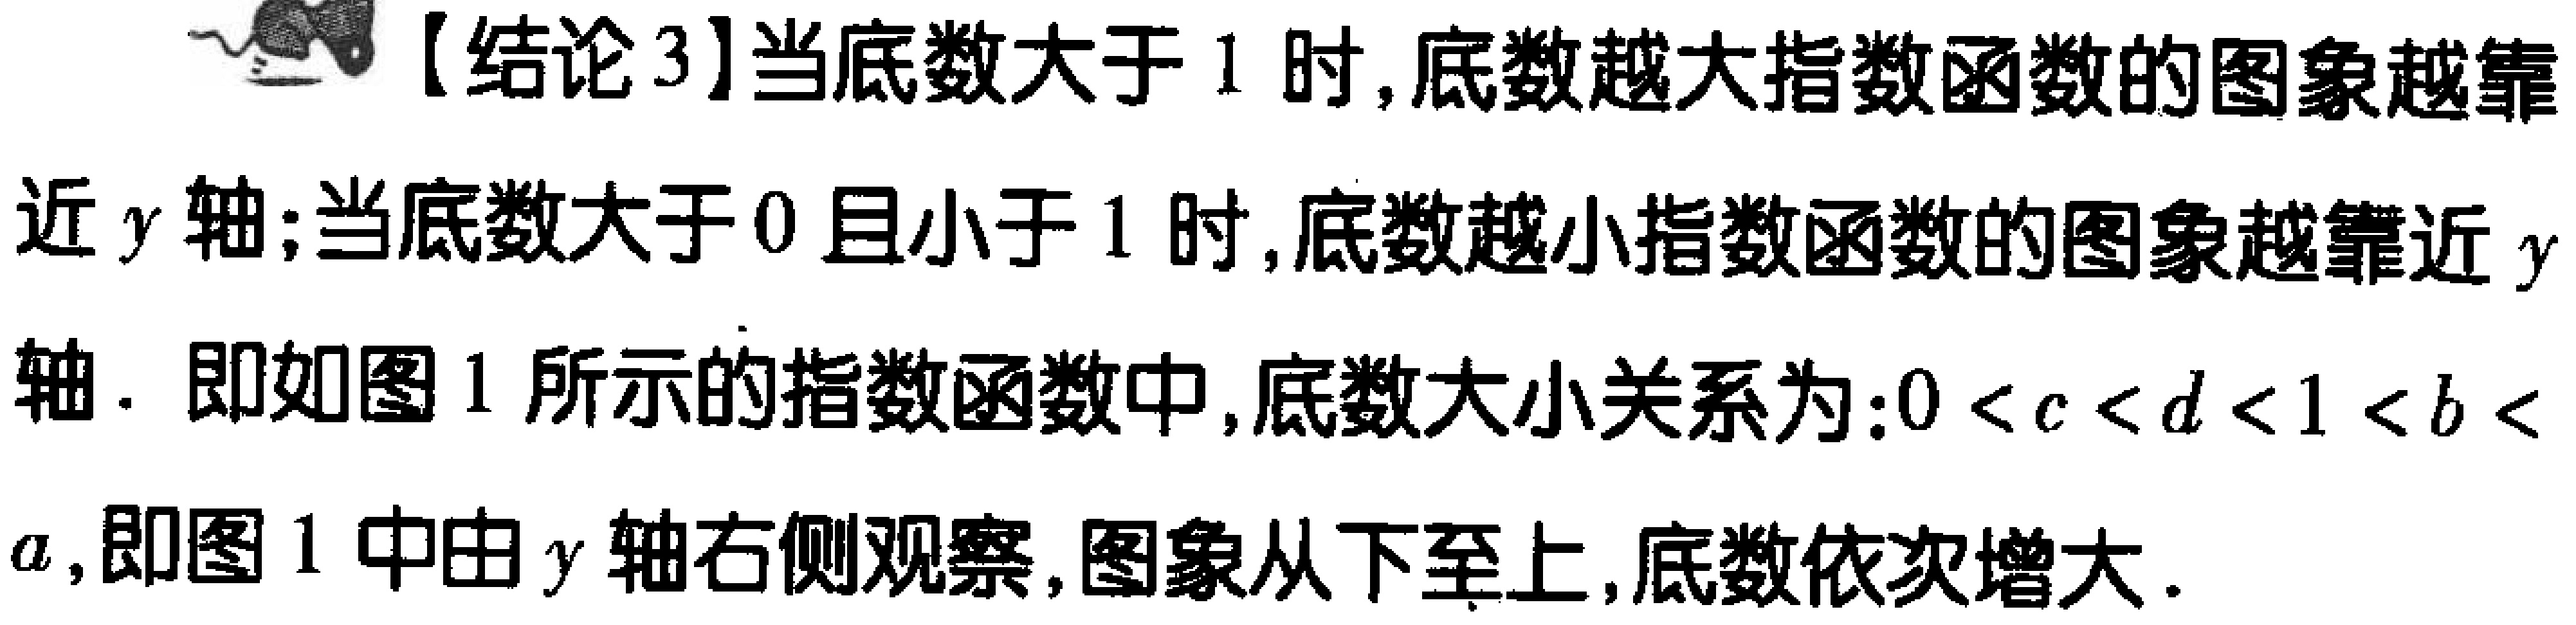
【结论3】当底数大于 1 时,底数越大指数函数的图象越靠近 \(y\) 轴;当底数大于 0 且小于 1 时,底数越小指数函数的图象越靠近 \(y\) 轴. 即如图 1 所示的指数函数中,底数大小关系为:\(0 < c < d < 1 < b < a\),即图 1 中由 \(y\) 轴右侧观察,图象从下至上,底数依次增大.